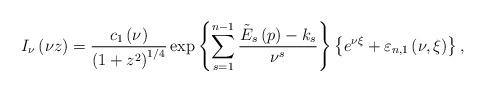
LaTeX: \begin{align*}I_{\nu }\left( {\nu z}\right) =\frac{c_{1}\left( \nu \right) }{\left( {1+z^{2}}\right) ^{1/4}}\exp \left\{ {\sum\limits_{s=1}^{n-1}{\frac{\tilde{{E}}_{s}\left( p\right) -k_{s}}{\nu ^{s}}}}\right\} \left\{ {e^{\nu \xi}+\varepsilon _{n,1}\left( {\nu ,\xi }\right) }\right\} , \end{align*}